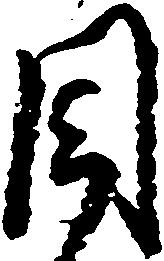
目